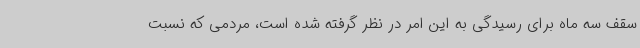
سقف سه ماه برای رسیدگی به این امر در نظر گرفته شده است، مردمی که نسبت